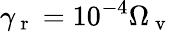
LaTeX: \gamma_{\mathrm{~r~}}=10^{-4}\Omega_{\mathrm{~v~}}